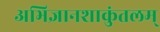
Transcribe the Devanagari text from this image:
अभिज्ञानशाकुंतलम्‌